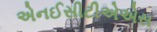
એનઈસીટીએએસ